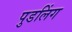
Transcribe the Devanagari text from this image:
पुडलिंग